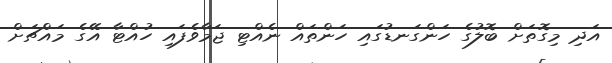
އަދި މިގޮތަށް ބޮލުގެ ހަންގަނޑުގައި ހަންތައް ނެއްޓި ޖަމާވެފައި ހުއްޓާ އޭގެ މައްޗަށް